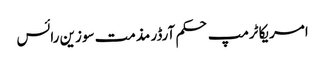
امریکا ٹرمپ حکم آرڈر مذمت سوزین رائس